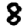
Digit: 8